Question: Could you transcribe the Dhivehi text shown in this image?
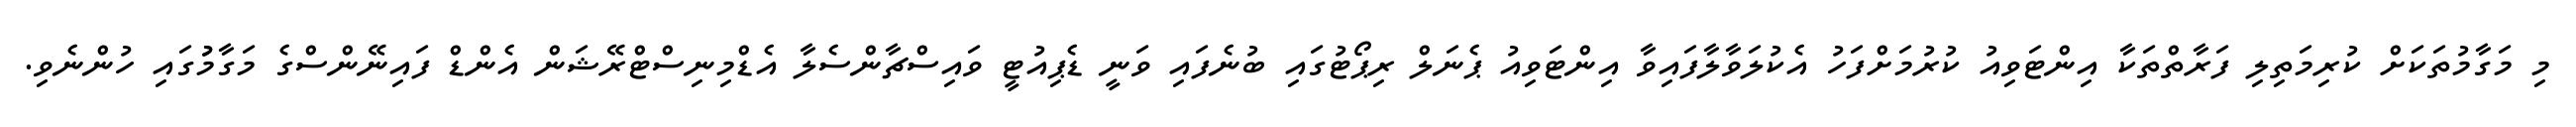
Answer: މި މަގާމުތަކަށް ކުރިމަތިލި ފަރާތްތަކާ އިންޓަވިއު ކުރުމަށްފަހު އެކުލަވާލާފައިވާ އިންޓަވިއު ޕެނަލް ރިޕޯޓުގައި ބުނެފައި ވަނީ ޑެޕިއުޓީ ވައިސްޗާންސެލާ އެޑްމިނިސްޓްރޭޝަން އެންޑް ފައިނޭންސްގެ މަގާމުުގައި ހުންނެވި.